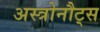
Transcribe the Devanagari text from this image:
अस्त्रोनौट्स